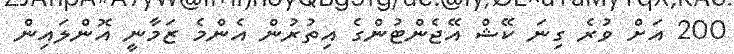
200 އަށް ވުރެ ގިނަ ކޭޝް އޭޖެންޓުންގެ އިތުރުން އެންމެ ޒަމާނީ އޮންލައިން